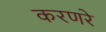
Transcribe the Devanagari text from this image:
करणरे